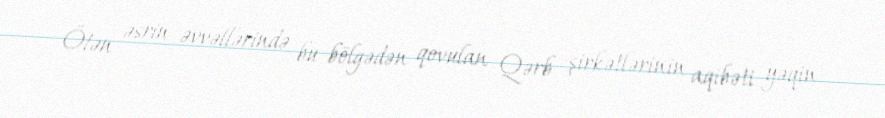
Ötən əsrin əvvəllərində bu bölgədən qovulan Qərb şirkətlərinin aqibəti yəqin